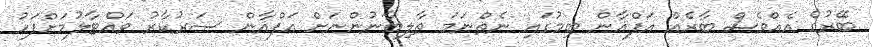
ބޭރުގެ އެއްވެސް ބާރެއް އަފްޣާން ބިމުގައި ނެތްނަމަ ތާލިބާނުންނަށް އަފްޣާން ސަރުކާރު ވައްޓާލުމަށްފަހު